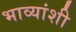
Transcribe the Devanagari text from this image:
भाव्यांशी